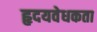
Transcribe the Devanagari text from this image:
हृदयवेधकता